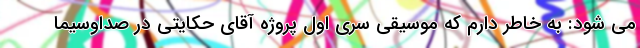
می شود: به خاطر دارم که موسیقی سری اول پروژه آقای حکایتی در صداوسیما